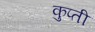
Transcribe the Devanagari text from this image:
कुप्ती